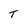
Character: T